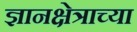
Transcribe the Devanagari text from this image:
ज्ञानक्षेत्राच्या